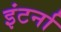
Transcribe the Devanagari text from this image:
इंटर्ना